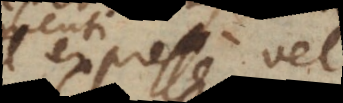
expresse vel